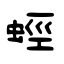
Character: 蛵